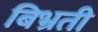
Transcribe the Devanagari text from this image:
बिभ्रती